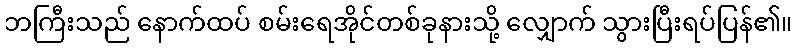
ဘကြီးသည် နောက်ထပ် စမ်းရေအိုင်တစ်ခုနားသို့ လျှောက် သွားပြီးရပ်ပြန်၏။